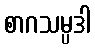
စာဂသမ္ပဒါ